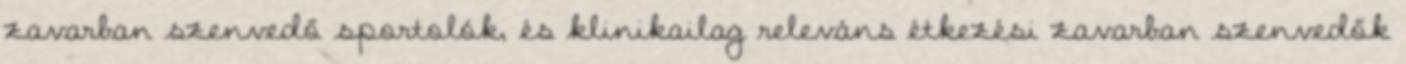
zavarban szenvedő sportolók, és klinikailag releváns étkezési zavarban szenvedők